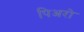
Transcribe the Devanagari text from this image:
पिअरो